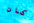
كان